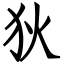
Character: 狄